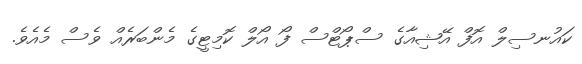
ކައުނސިލް އޮފް އޭޝިއާގެ ސްޕޯޓްސް ފޯ އޯލް ކޮމިޓީގެ މެންބަރެއް ވެސް މެއެވެ.